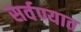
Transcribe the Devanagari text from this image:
सर्वण्यात